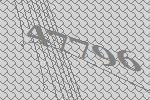
47796